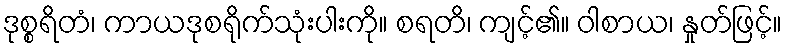
ဒုစ္စရိတံ၊ ကာယဒုစရိုက်သုံးပါးကို။ စရတိ၊ ကျင့်၏။ ဝါစာယ၊ နှုတ်ဖြင့်။